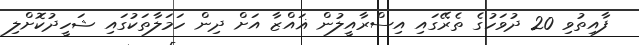
ފާއިތުވި 20 ދުވަހުގެ ތެރޭގައި އިސްރާއީލުން ޣައްޒާ އަށް ދިން ހަމަލާތަކުގައި ޝަހީދުކޮށްލި